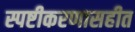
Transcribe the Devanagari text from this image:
स्पष्टीकरणासहीत